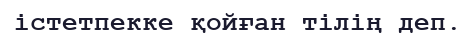
істетпекке қойған тілің деп.